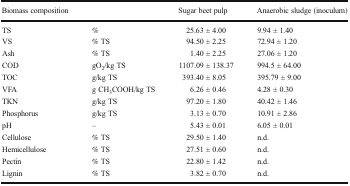
| Biomass composition |  | Sugar beet pulp | Anaerobic sludge (inoculum) |
 | --- | --- | --- | --- |
 | TS | % | 25.63 ± 4.00 | 9.94 ± 1.40 |
 | VS | % TS | 94.50 ± 2.25 | 72.94 ± 1.20 |
 | Ash | % TS | 1.40 ± 2.25 | 27.06 ± 1.20 |
 | COD | gO2/kg TS | 1107.09 ± 138.37 | 994.5 ± 64.00 |
 | TOC | g/kg TS | 393.40 ± 8.05 | 395.79 ± 9.00 |
 | VFA | g CH3COOH/kg TS | 6.26 ± 0.46 | 4.28 ± 0.30 |
 | TKN | g/kg TS | 97.20 ± 1.80 | 40.42 ± 1.46 |
 | Phosphorus | g/kg TS | 3.13 ± 0.70 | 10.91 ± 2.86 |
 | pH | – | 5.43 ± 0.01 | 6.05 ± 0.01 |
 | Cellulose | % TS | 29.50 ± 1.40 | n.d. |
 | Hemicellulose | % TS | 27.51 ± 0.60 | n.d. |
 | Pectin | % TS | 22.80 ± 1.42 | n.d. |
 | Lignin | % TS | 3.82 ± 0.70 | n.d. |